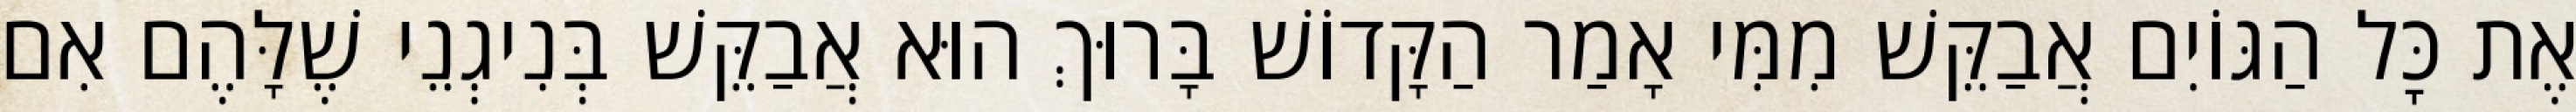
אֶת כׇּל הַגּוֹיִם אֲבַקֵּשׁ מִמִּי אָמַר הַקָּדוֹשׁ בָּרוּךְ הוּא אֲבַקֵּשׁ בְּנִיגְנֵי שֶׁלָּהֶם אִם